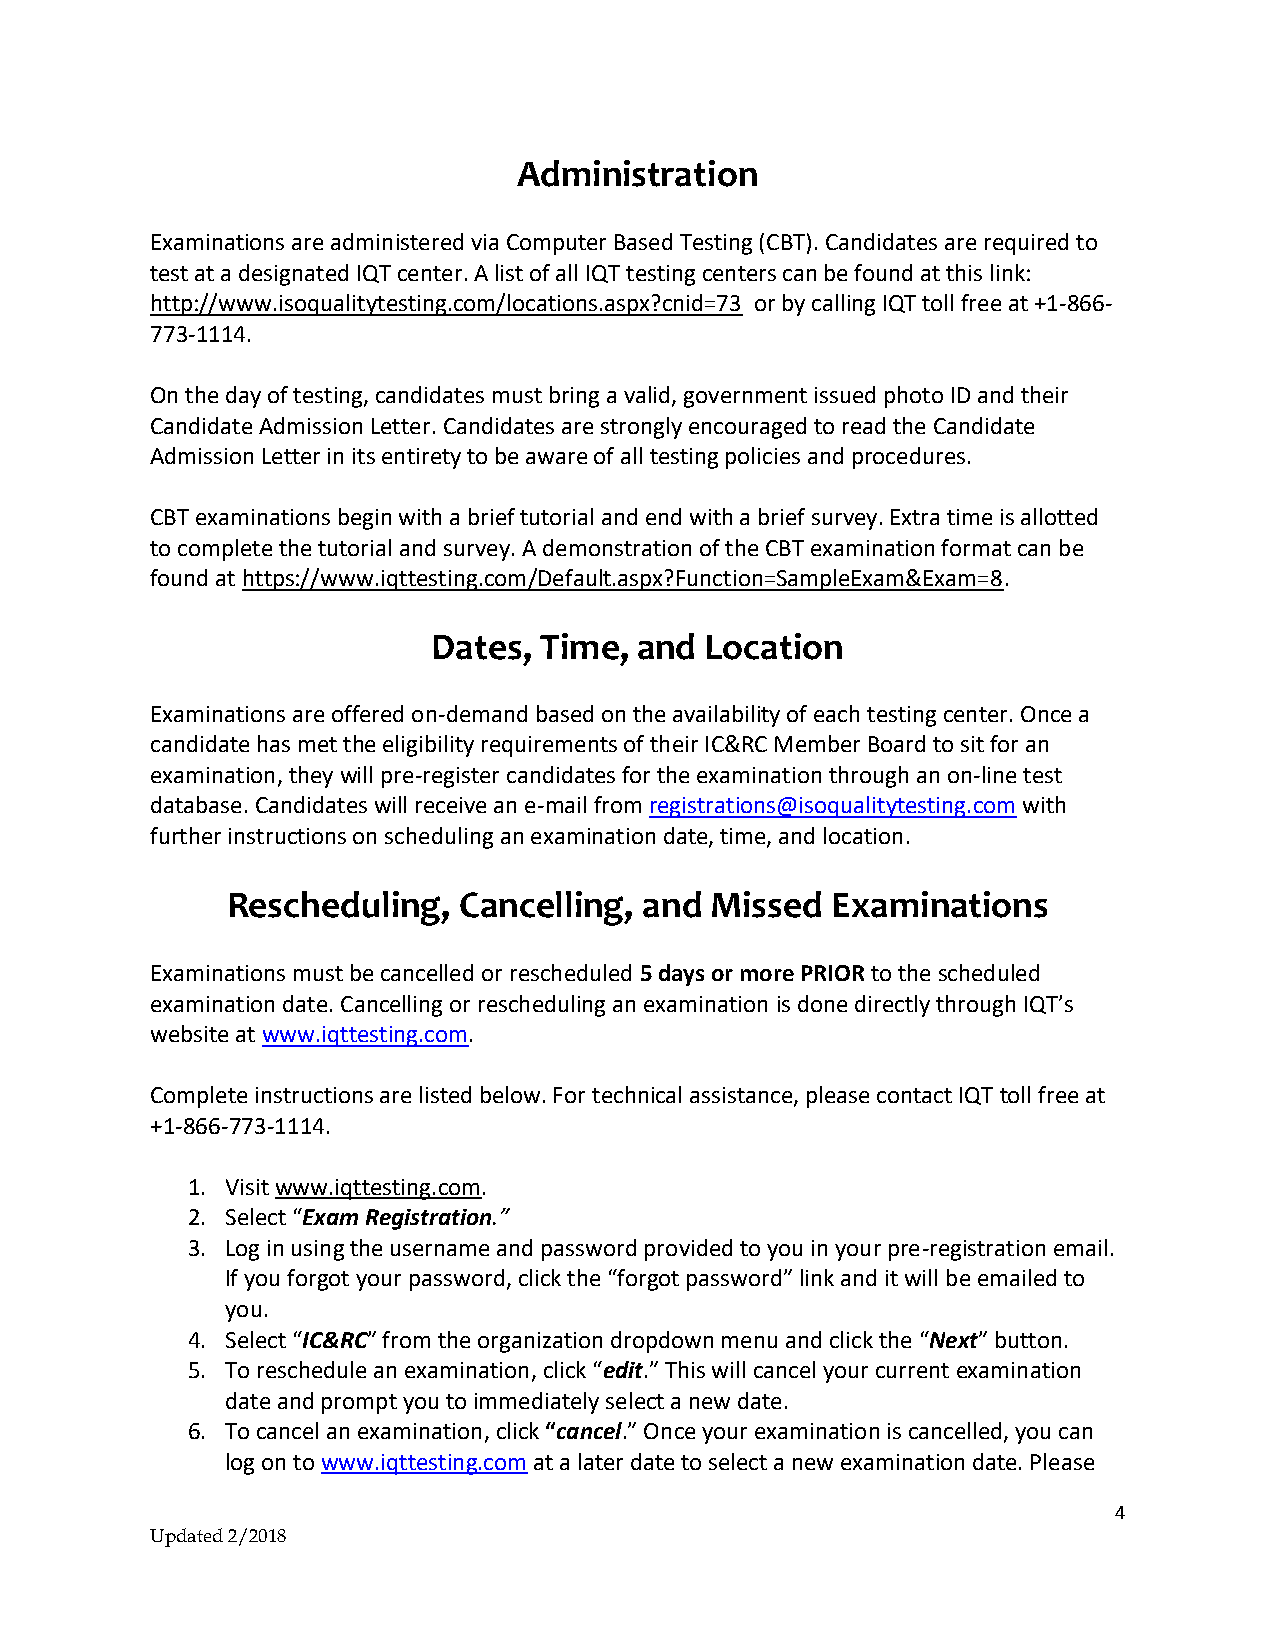
Administration
 Examinations are administered via Computer Based Testing (CBT). Candidates are required to
 test at a designated IQT center. A list of all IQT testing centers can be found at this link:
 http://www.isoqualitytesting.com/locations.aspx?cnid=73 or by calling IQT toll free at +1-866-
 773-1114.
 On the day of testing, candidates must bring a valid, government issued photo ID and their
 Candidate Admission Letter. Candidates are strongly encouraged to read the Candidate
 Admission Letter in its entirety to be aware of all testing policies and procedures.
 CBT examinations begin with a brief tutorial and end with a brief survey. Extra time is allotted
 to complete the tutorial and survey. A demonstration of the CBT examination format can be
 found at https://www.iqttesting.com/Default.aspx?Function=SampleExam&Exam=8.
 Dates, Time, and  Location
 Examinations are offered on-demand based on the availability of each testing center. Once a
 candidate has met the eligibility requirements of their IC&RC Member Board to sit for an
 examination, they will pre-register candidates for the examination through an on-line test
 database. Candidates will receive an e-mail from registrations@isoqualitytesting.com with
 further instructions on scheduling an examination date, time, and location.
 Rescheduling,  Cancelling,  and Missed  Examinations
 Examinations must be cancelled or rescheduled 5 days or more PRIOR to the scheduled
 examination date. Cancelling or rescheduling an examination is done directly through IQT’s
 website at www.iqttesting.com.
 Complete instructions are listed below. For technical assistance, please contact IQT toll free at
 +1-866-773-1114.
 1. Visit www.iqttesting.com.
 2. Select “Exam Registration.”
 3. Log in using the username and password provided to you in your pre-registration email.
 If you forgot your password, click the “forgot password” link and it will be emailed to
 you.
 4. Select “IC&RC” from the organization dropdown menu and click the “Next” button.
 5. To reschedule an examination, click “edit.” This will cancel your current examination
 date and prompt you to immediately select a new date.
 6. To cancel an examination, click “cancel.” Once your examination is cancelled, you can
 log on to www.iqttesting.com at a later date to select a new examination date. Please
 4
 Updated 2/2018